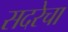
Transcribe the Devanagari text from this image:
सदरेचा